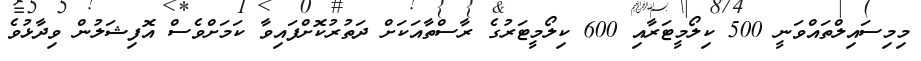
މިމިސައިލްތައްވަނީ 500 ކިލޯމީޓަރާއި 600 ކިލޯމީޓަރުގެ ރާސްތާއަކަށް ދަތުރުކޮށްފައިވާ ކަމަށްވެސް އޮފިޝަލުން ވިދާޅުވެ